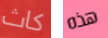
كاث هذه